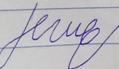
Signature authenticity: forged